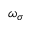
\omega _ { \sigma }